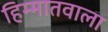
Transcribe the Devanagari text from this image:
हिम्मातवाला